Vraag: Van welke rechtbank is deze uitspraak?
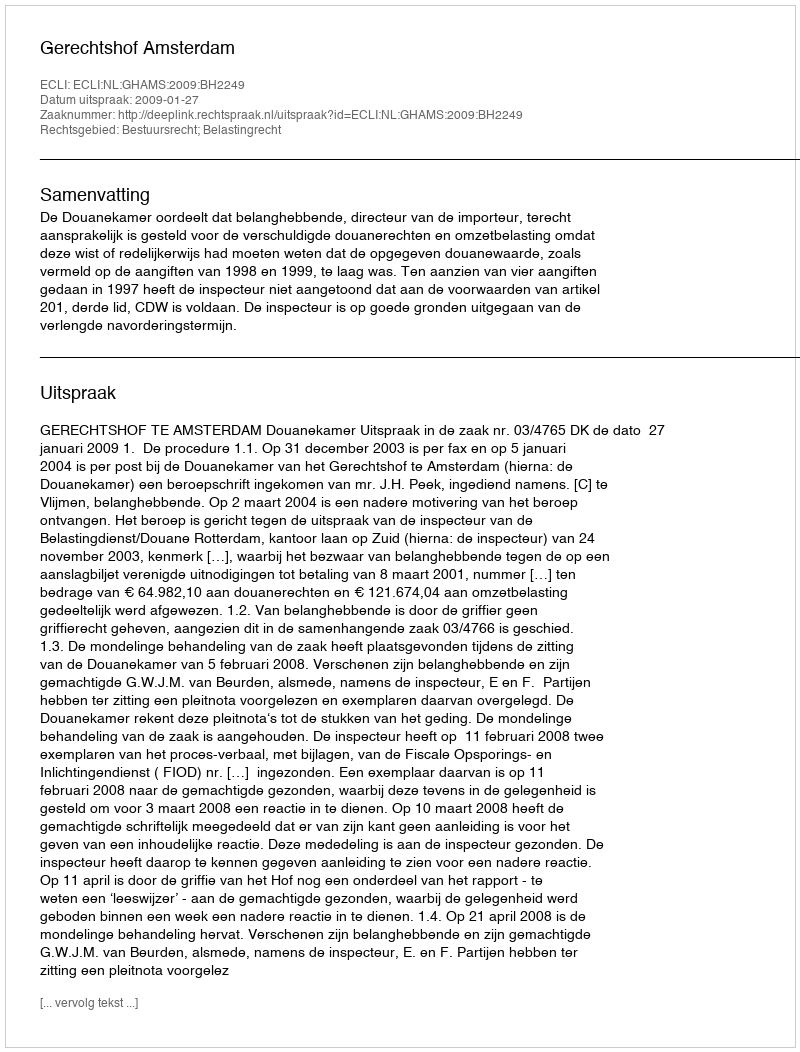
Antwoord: Gerechtshof Amsterdam